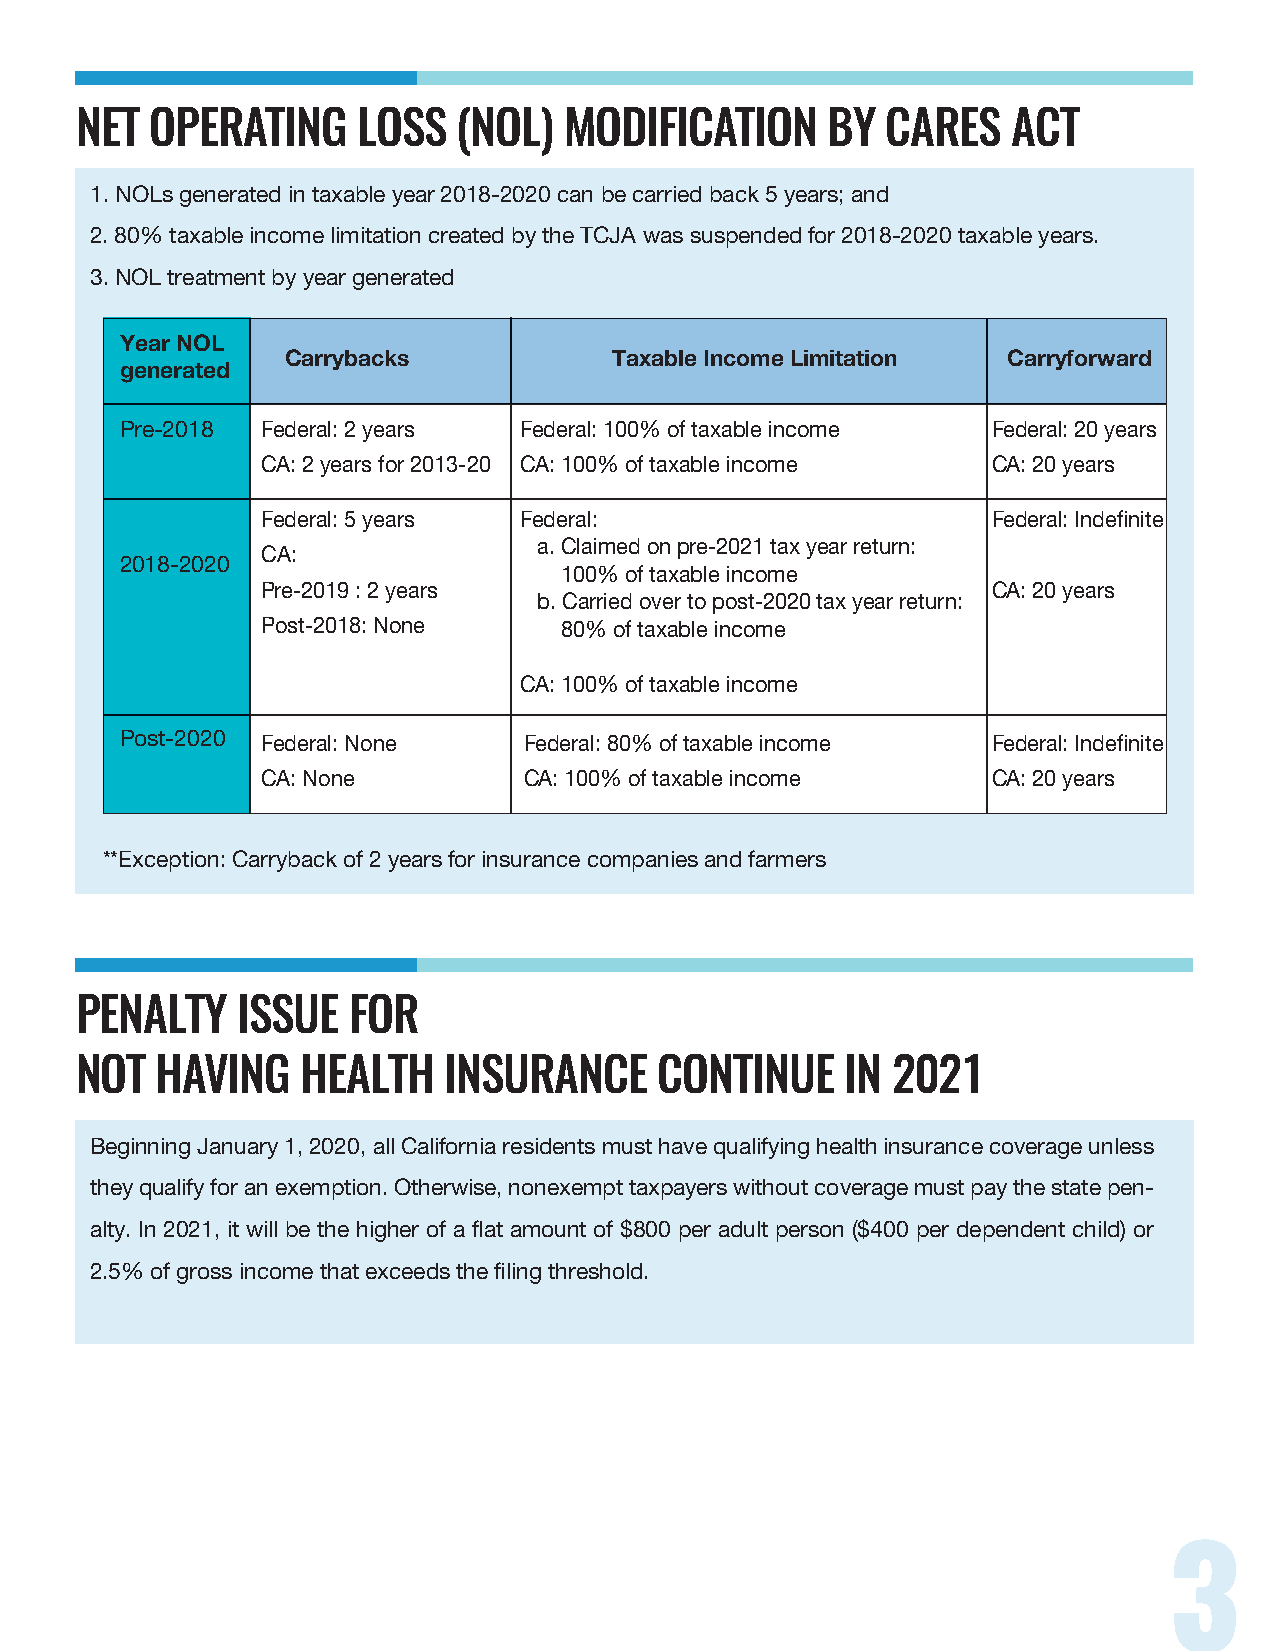
NET  OPERATING     LOSS  (NOL)  MODIFICATION      BY  CARES   ACT
 1. NOLs generated in taxable year 2018-2020 can be carried back 5 years; and
 2. 80% taxable income limitation created by the TCJA was suspended for 2018-2020 taxable years.
 3. NOL treatment by year generated
 Year NOL
 Carrybacks            Taxable Income Limitation Carryforward
 generated
 Pre-2018 Federal: 2 years Federal: 100% of taxable income Federal: 20 years
 CA: 2 years for 2013-20 CA: 100% of taxable income CA: 20 years
 Federal: 5 years Federal:                        Federal: Indefinite
 a. Claimed on pre-2021 tax year return:
 CA:
 2018-2020
 100% of taxable income
 Pre-2019 : 2 years                               CA: 20 years
 b. Carried over to post-2020 tax year return:
 Post-2018: None     80% of taxable income
 CA: 100% of taxable income
 Post-2020 Federal: None    Federal: 80% of taxable income Federal: Indefinite
 CA: None          CA: 100% of taxable income     CA: 20 years
 **Exception: Carryback of 2 years for insurance companies and farmers
 PENALTY    ISSUE  FOR
 NOT  HAVING    HEALTH   INSURANCE      CONTINUE    IN 2021
 Beginning January 1, 2020, all California residents must have qualifying health insurance coverage unless
 they qualify for an exemption. Otherwise, nonexempt taxpayers without coverage must pay the state pen-
 alty. In 2021, it will be the higher of a flat amount of $800 per adult person ($400 per dependent child) or
 2.5% of gross income that exceeds the filing threshold.
 3